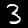
Label: 3